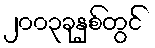
၂၀၀၃ခုနှစ်တွင်